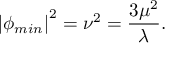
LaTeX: \left| \phi _ { m i n } \right| ^ { 2 } = \nu ^ { 2 } = \frac { 3 \mu ^ { 2 } } { \lambda } .